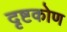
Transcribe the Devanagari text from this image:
दृष्टकोण